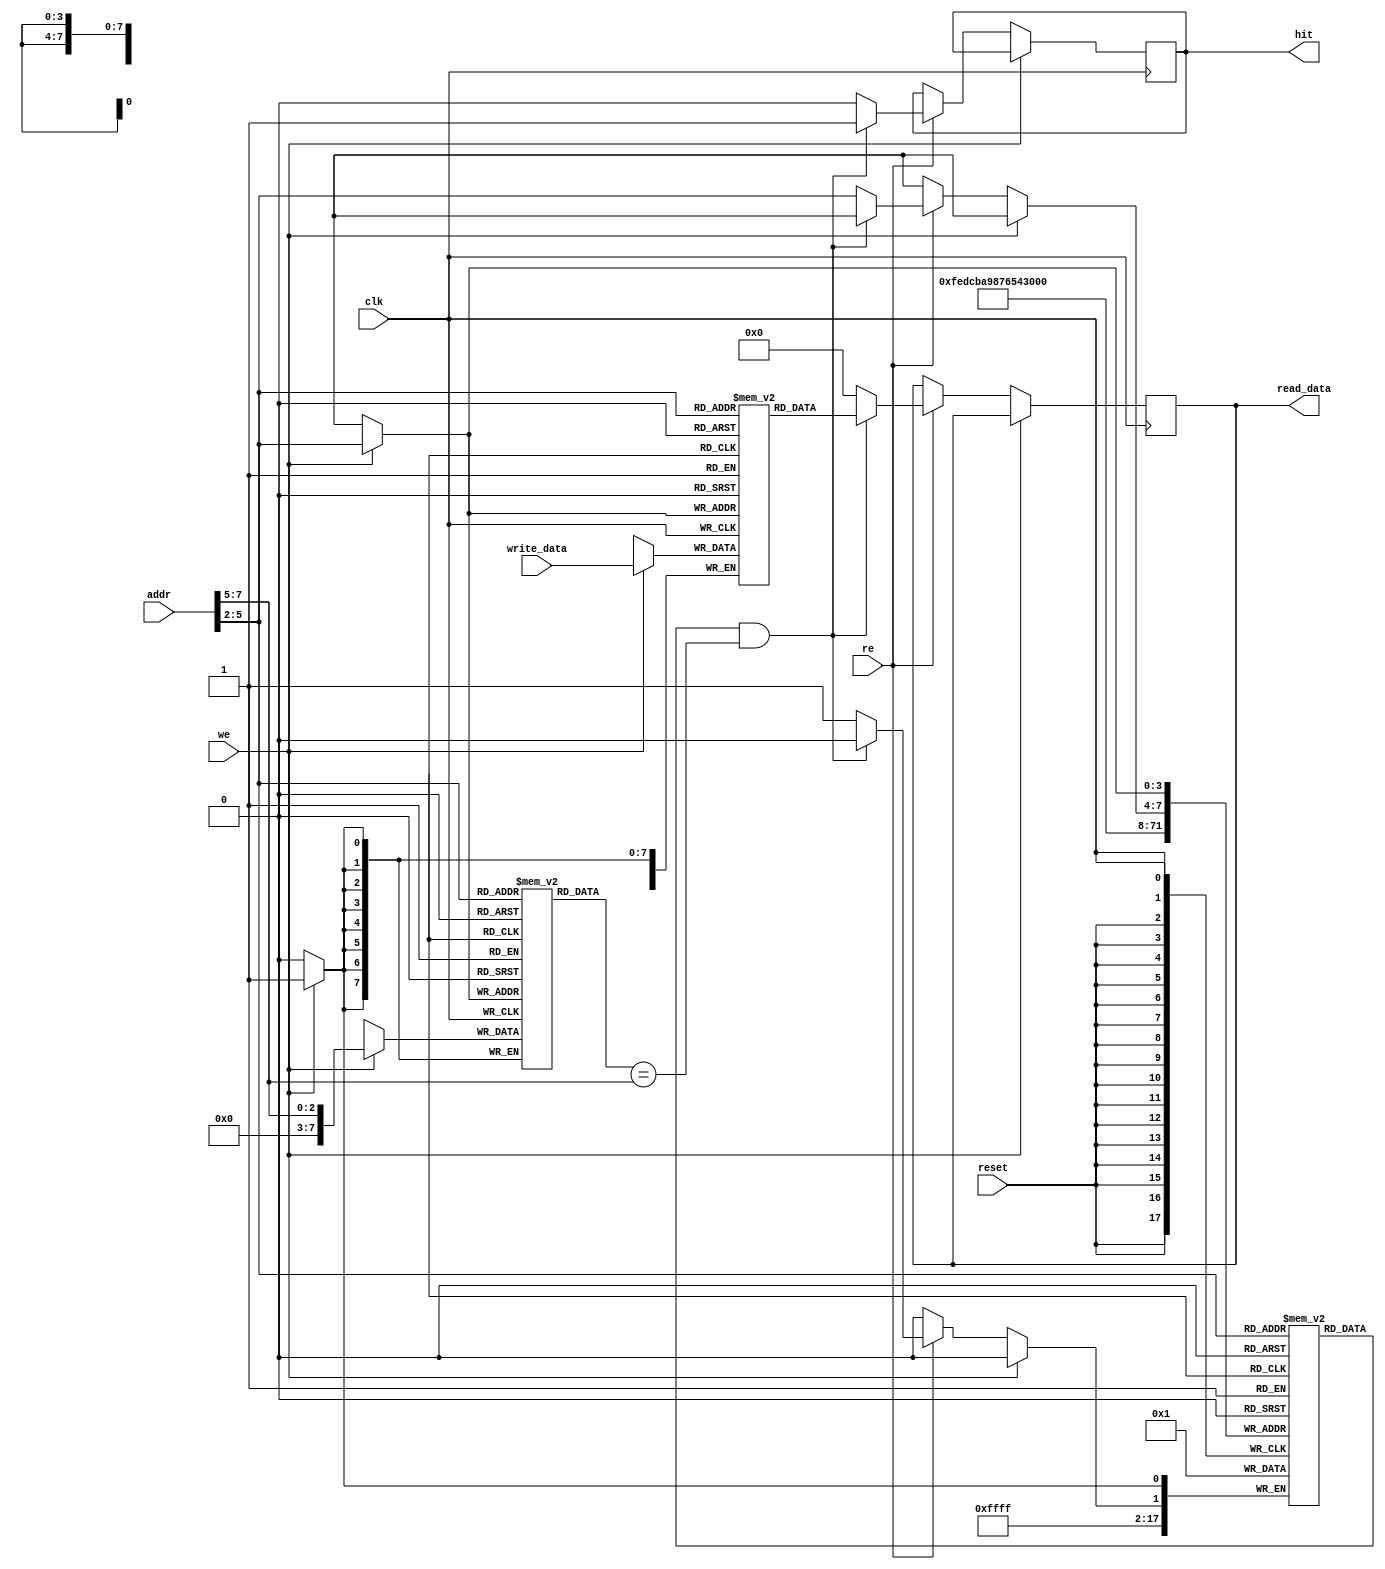
module write_through_cache #(
    parameter CACHE_SIZE = 16,  // Number of cache lines
    parameter LINE_SIZE = 4,     // Size of each line in bytes
    parameter ADDR_WIDTH = 8,    // Address width
    parameter DATA_WIDTH = 32     // Data width
)(
    input wire clk,
    input wire reset,
    
    // Interface signals
    input wire [ADDR_WIDTH-1:0] addr,       // Address to read/write
    input wire [DATA_WIDTH-1:0] write_data,  // Data to write
    input wire we,                            // Write enable
    input wire re,                            // Read enable
    
    output reg [DATA_WIDTH-1:0] read_data,   // Data to read
    output reg hit                            // Hit indicator
);

    // Cache structures
    reg [ADDR_WIDTH-1:0] cache_tags[CACHE_SIZE-1:0];  // Cache tags
    reg [DATA_WIDTH-1:0] cache_data[CACHE_SIZE-1:0];  // Cache data
    reg cache_valid[CACHE_SIZE-1:0];                  // Valid bits

    wire [ADDR_WIDTH-1:0] index = addr[ADDR_WIDTH-1:2]; // Cache index
    wire [ADDR_WIDTH-1:0] tag = addr[ADDR_WIDTH-1:ADDR_WIDTH-3]; // Cache tag

    integer i;

    // Initialize cache on reset
    always @(posedge reset) begin
        for(i = 0; i < CACHE_SIZE; i = i + 1) begin
            cache_valid[i] <= 1'b0; // Set all cache lines invalid
        end
    end

    // Cache operations on clock edge
    always @(posedge clk) begin
        if (we) begin
            // Write operation
            // Write data to cache and main memory
            cache_tags[index] <= tag;             // Update the tag
            cache_data[index] <= write_data;      // Write data to cache
            cache_valid[index] <= 1'b1;            // Mark as valid

            // Simulate write through to main memory
            // In a real design, you'd have some memory write logic here.
            // Main memory write operation would occur here, omitted for simplicity

        end else if (re) begin
            // Read operation
            if (cache_valid[index] && (cache_tags[index] == tag)) begin
                // Cache hit
                read_data <= cache_data[index];
                hit <= 1'b1; // indicate hit
            end else begin
                // Cache miss
                read_data <= 0; // Fetch data from main memory here, omitted
                hit <= 1'b0; // indicate miss

                // In a real design, you'd want to load the cache line from main memory
                // For this example, we just reset the valid bit
                cache_valid[index] <= 1'b0; // mark as invalid for simplification
            end
        end
    end
endmodule